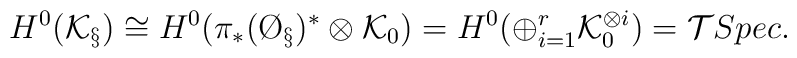
H^0(\mathcal{K}_\S)\cong H^0(\pi_*(\O_\S)^*\otimes \mathcal{K}_0)=H^0(\oplus_{i=1}^r\mathcal{K}_0^{\otimes i})=\mathcal{T}Spec.